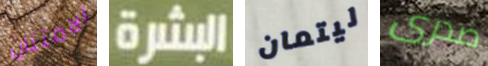
الامتنان البشرة ليتمان صدرى